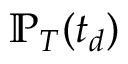
\mathbb { P } _ { T } ( t _ { d } )